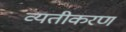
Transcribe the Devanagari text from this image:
व्यतीकरण